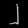
Digit: ၂